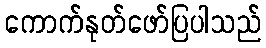
ကောက်နုတ်ဖော်ပြပါသည်